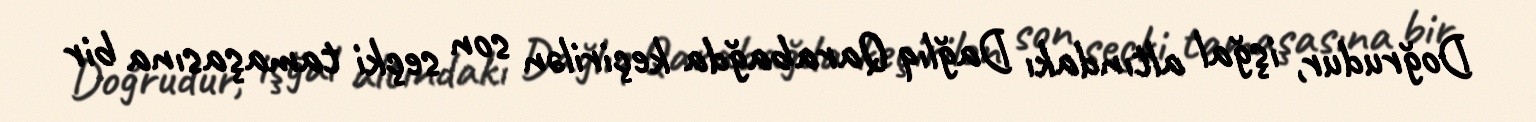
Doğrudur, işğal altındakı Dağlıq Qarabağda keçirilən son seçki tamaşasına bir